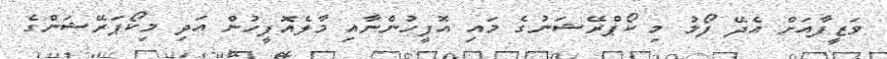
ވަޒީފާއަށް އެދޭ ފޯމު މި ކޯޕްރޭޝަނުގެ މައި އޮފީހުންނާއި މާލެއޮފީހުން އަދި މިކޯޕަރޭޝަންގެ